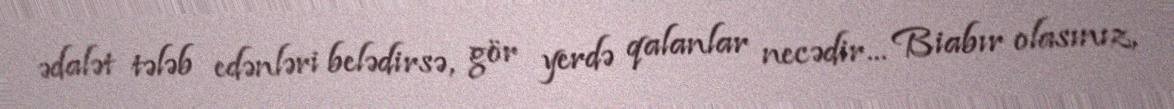
ədalət tələb edənləri belədirsə, gör yerdə qalanlar necədir... Biabır olasınız,